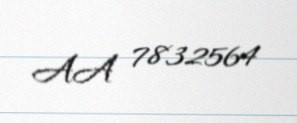
AA 7832564